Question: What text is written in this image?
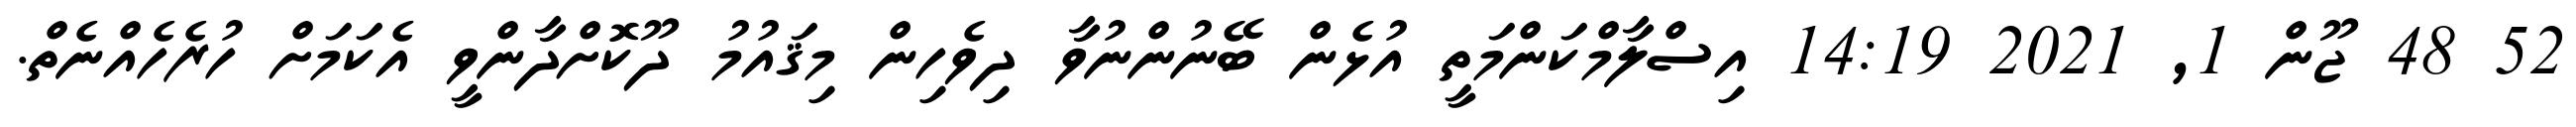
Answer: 52 48 ޖޫން 1, 2021 14:19 އިސްލާމްކަންމަތީ އުޅެން ބޭނުންނުވާ ދިވެހިން މިޤައުމު ދޫކޮށްދާންވީ އެކަމަށް ހުރެހެއްނެތް.